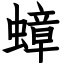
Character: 蟑